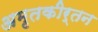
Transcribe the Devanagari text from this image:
अमृतकीर्तन